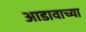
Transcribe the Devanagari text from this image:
आडावाच्या